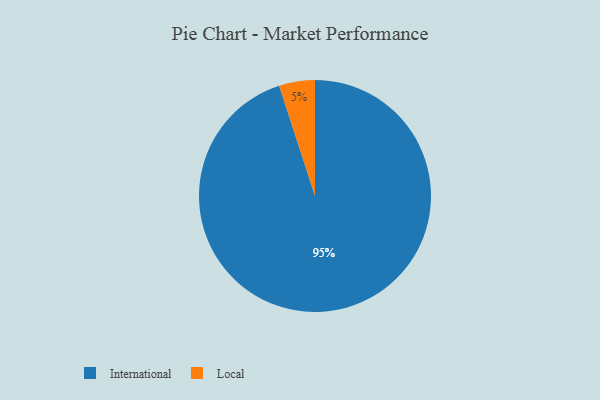
{"axis": {"x": "Category", "y": "Percentage"}, "legend": ["International", "Local"], "data": [{"x": "International", "y": 95, "type": "International"}, {"x": "Local", "y": 5, "type": "Local"}]}